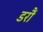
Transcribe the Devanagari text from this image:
डरौं